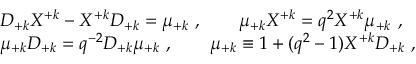
\begin{array} { l } { { { \cal D } _ { + k } { \cal X } ^ { + k } - { \cal X } ^ { + k } { \cal D } _ { + k } = \mu _ { + k } ~ , ~ ~ ~ ~ ~ ~ \mu _ { + k } { \cal X } ^ { + k } = q ^ { 2 } { \cal X } ^ { + k } \mu _ { + k } ~ , } } \\ { { \mu _ { + k } { \cal D } _ { + k } = q ^ { - 2 } { \cal D } _ { + k } \mu _ { + k } ~ , ~ ~ ~ ~ ~ ~ \mu _ { + k } \equiv 1 + ( q ^ { 2 } - 1 ) { \cal X } ^ { + k } { \cal D } _ { + k } ~ , } } \end{array}